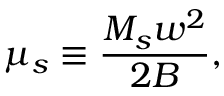
\mu _ { s } \equiv \frac { M _ { s } w ^ { 2 } } { 2 B } ,